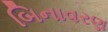
બિનાવરણ